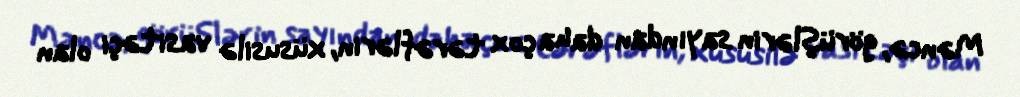
Məncə, görüşlərin sayından daha çox tərəflərin, xüsusilə vasitəçi olan